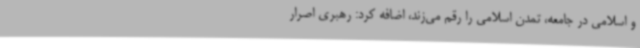
و اسلامی در جامعه، تمدن اسلامی را رقم می‌زند، اضافه کرد: رهبری اصرار